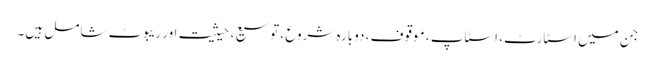
جن میں اسٹارٹ ، اسٹاپ ، موقوف ، دوبارہ شروع ، توسیع ، حیثیت اور ریبوٹ شامل ہیں۔